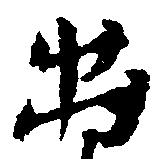
出